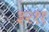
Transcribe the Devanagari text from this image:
३२११